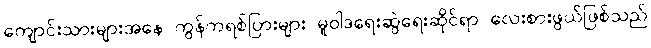
ကျောင်းသားများအနေ ကွန်ကရစ်ပြားများ မူဝါဒရေးဆွဲရေးဆိုင်ရာ လေးစားဖွယ်ဖြစ်သည်